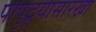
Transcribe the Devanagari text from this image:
पापुद्र्यासारखा